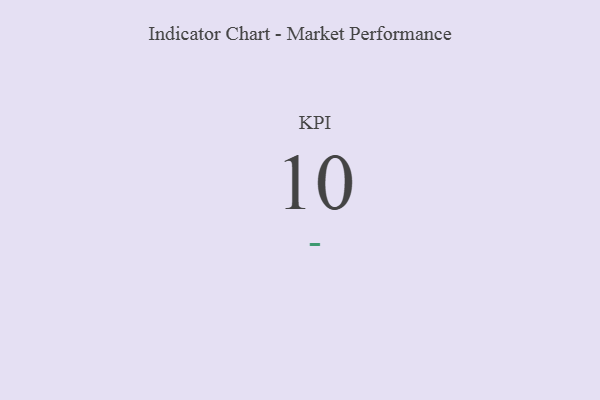
{"axis": {"x": "KPI", "y": "Value"}, "legend": [""], "data": [{"x": "KPI", "y": 10, "type": ""}]}